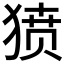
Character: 𰡞